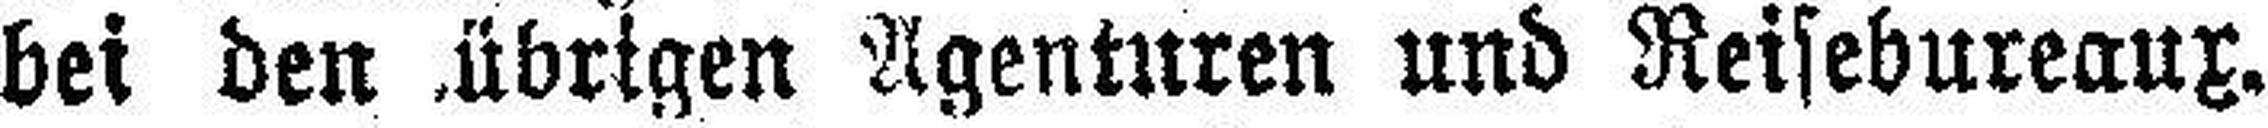
bei den übrigen Agenturen und Reisebureaux.